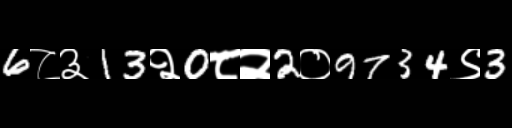
Text: 6८३13२0८२2०9734९3